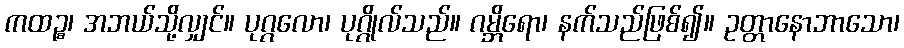
ကထဉ္စ၊ အဘယ်သို့လျှင်။ ပုဂ္ဂလော၊ ပုဂ္ဂိုလ်သည်။ ဂမ္ဘိရော၊ နက်သည်ဖြစ်၍။ ဥတ္တာနောဘာသော၊